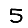
Digit: 5